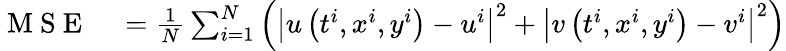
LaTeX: \begin{array}{rl}{\mathrm{~M~S~E~}}&{{}=\frac{1}{N}\sum_{i=1}^{N}\left(\left|u\left(t^{i},x^{i},y^{i}\right)-u^{i}\right|^{2}+\left|v\left(t^{i},x^{i},y^{i}\right)-v^{i}\right|^{2}\right)}\end{array}